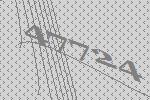
47724